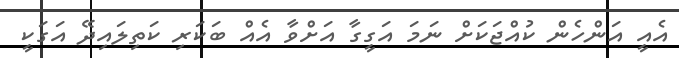
އެއީ އަންހެން ކުއްޖަކަށް ނަމަ އަގީގާ އަށްވާ އެއް ބަކަރި ކަތިލައިދޭ އަގަކީ